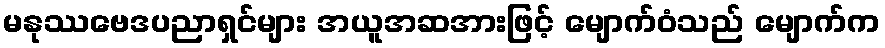
မနုဿဗေဒပညာရှင်များ အယူအဆအားဖြင့် မျောက်ဝံသည် မျောက်က